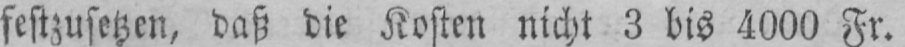
festzusetzen, daß die Kosten nicht 3 bis 4000 Fr.